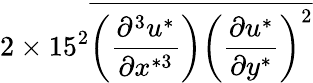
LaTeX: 2\times 15^{2}\overline{{\left(\frac{\partial^{3}u^{*}}{\partial x^{*3}}\right)\left(\frac{\partial u^{*}}{\partial y^{*}}\right)^{2}}}